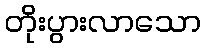
တိုးပွားလာသော